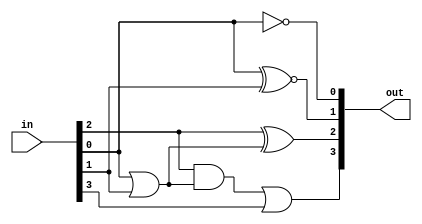
module bcd_to_excess3 (in,out);
	input [3:0] in;
	output [3:0] out;
	assign out[0]=~in[0];
	assign out[1]=in[0]~^in[1];
	assign out[2]=in[2]^(in[0]|in[1]);
	assign out[3]=(in[2]&(in[0]|in[1]))|in[3];
endmodule //bcd_to_excess3

module bcd_to_excess3_tb;

reg [3:0] bcd_code;
wire [3:0] ex3_code;

bcd_to_excess3 bte3 (.in(bcd_code),.out(ex3_code));

initial begin
	$monitor ("bcd code=%b, excess-3 code=%b",bcd_code,ex3_code);
	bcd_code=4'b0;
#5  bcd_code=4'b1;
#5  bcd_code=4'b10;
#5  bcd_code=4'b11;
#5  bcd_code=4'b100;
#5  bcd_code=4'b101;
#5  bcd_code=4'b110;
#5  bcd_code=4'b111;
#5  bcd_code=4'b1000;
#5  bcd_code=4'b1001;
	$finish;
end

endmodule //bcd_to_excess3_tb

/*Output:
bcd code=0000, excess-3 code=0011
bcd code=0001, excess-3 code=0100
bcd code=0010, excess-3 code=0101
bcd code=0011, excess-3 code=0110
bcd code=0100, excess-3 code=0111
bcd code=0101, excess-3 code=1000
bcd code=0110, excess-3 code=1001
bcd code=0111, excess-3 code=1010
bcd code=1000, excess-3 code=1011
bcd code=1001, excess-3 code=1100
*/